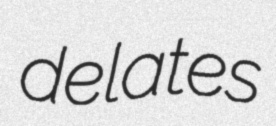
delates